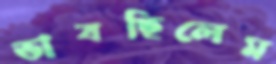
ভাবছিলেম